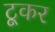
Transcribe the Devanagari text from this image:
टूकर